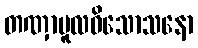
တဏှာမူလဝိသောသနော